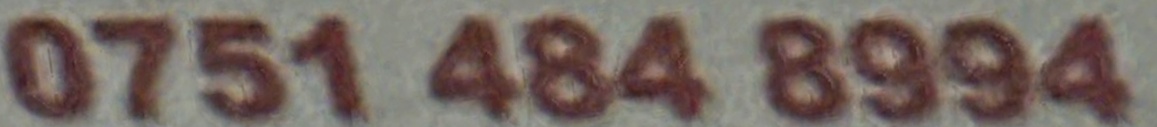
0751 484 8994